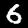
Digit: 6